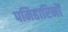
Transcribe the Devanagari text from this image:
पनिहारिनों